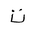
Letter: _ta